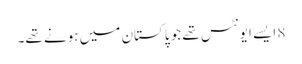
8 ایسے ایونٹس تھے جو پاکستان میں ہونے تھے۔